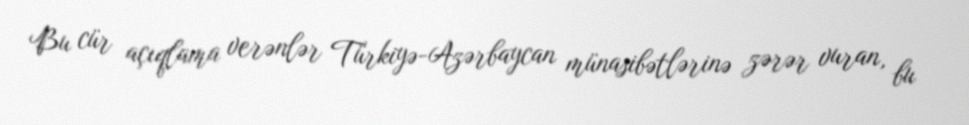
Bu cür açıqlama verənlər Türkiyə-Azərbaycan münasibətlərinə zərər vuran, bu